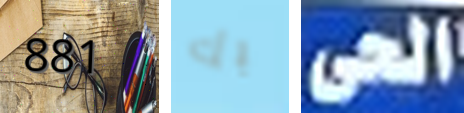
881 بك الحى